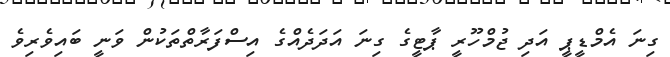
ގިނަ އެމްޑީޕީ އަދި ޖުމްހޫރީ ޕާޓީގެ ގިނަ އަދަދެއްގެ އިސްފަރާތްތަކުން ވަނީ ބައިވެރިވެ